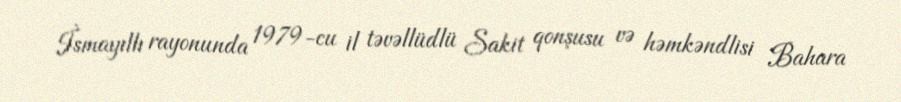
İsmayıllı rayonunda 1979-cu il təvəllüdlü Sakit qonşusu və həmkəndlisi Bahara